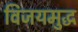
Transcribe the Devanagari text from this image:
विजयमुद्ध